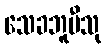
သေခဘူမီသု